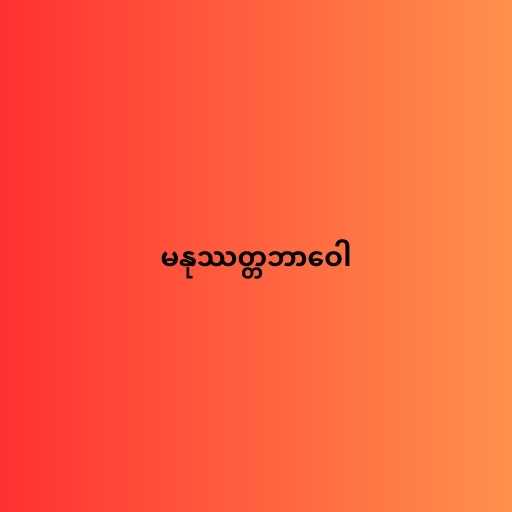
မနုဿတ္တဘာဝေါ